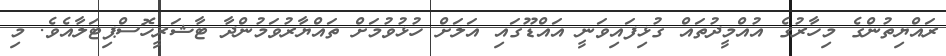
ރައްޔިތުންގެ މިހާރުގެ އުއްމީދުތައް ގުޅިފައިވަނީ އައްޑޫގައި އަލަށް ހުޅުވުމަށް ތައްޔާރުވަމުންދާ ޓާޝަރީހޮސްޕިޓަލާއެވެ. މި